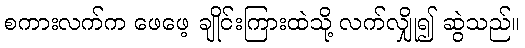
စကားလက်က ဖေဖေ့ ချိုင်းကြားထဲသို့ လက်လျှို၍ ဆွဲသည်။